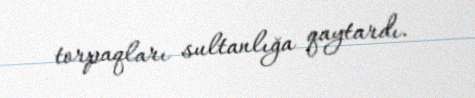
torpaqları sultanlığa qaytardı.